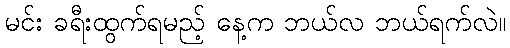
မင်း ခရီးထွက်ရမည့် နေ့က ဘယ်လ ဘယ်ရက်လဲ။